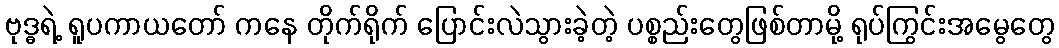
ဗုဒ္ဓရဲ့ ရူပကာယတော် ကနေ တိုက်ရိုက် ပြောင်းလဲသွားခဲ့တဲ့ ပစ္စည်းတွေဖြစ်တာမို့ ရုပ်ကြွင်းအမွေတွေ